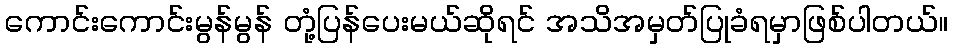
ကောင်းကောင်းမွန်မွန် တုံ့ပြန်ပေးမယ်ဆိုရင် အသိအမှတ်ပြုခံရမှာဖြစ်ပါတယ်။